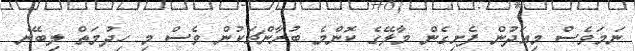
ނަމަވެސް މިއަދުން ފެށިގެން މާލޭގެ ކޮންމެ ބުރާންޗަކުން ވެސް މި ހިދުމަތް ލިބޭނެ